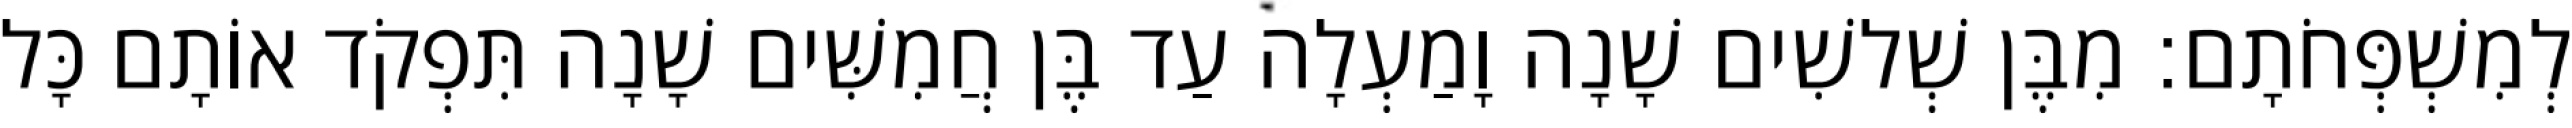
לְמִשְׁפְּחֹתָם׃ מִבֶּן שְׁלשִׁים שָׁנָה וָמַעְלָה עַד בֶּן חֲמִשִּׁים שָׁנָה תִּפְקֹד אוֹתָם כָּל